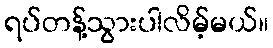
ရပ်တန့်သွားပါလိမ့်မယ်။